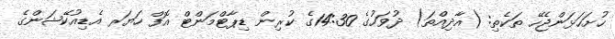
ހުށަހަޅަންޖެހޭ ތަކެތި: (އާދިއްތަ) ދުވަހުގެ 14:30ގެ ކުރިން ޑިޕާޓްމަންޓް އޮފް ހަޔަރ އެޑިއުކޭޝަންގެ